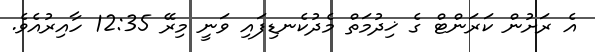
އެ ރަށުން ކަރަންޓް ގެ ޚިދުމަތް މެދުކެނޑިފައި ވަނީ މިރޭ 12:35 ހާއިރުއެވެ.